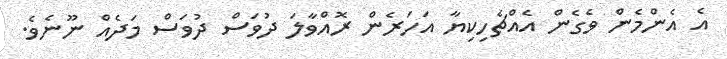
އެ އެންމެން ވެގެން އެއްޗެހިކިޔާ އަހަރެން ރޮއްވާލަ ދުވަސް ދުވަސް މަދެއް ނޫނެވެ.